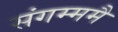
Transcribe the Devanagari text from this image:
संगम्ममै